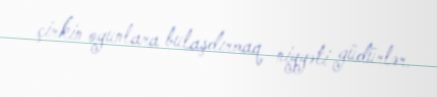
çirkin oyunlara bulaşdırmaq niyyəti güdürlər.